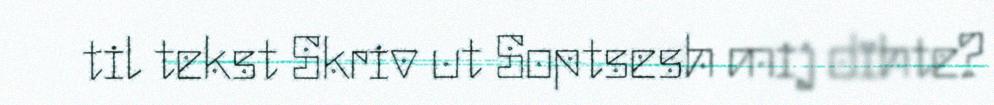
til tekst Skriv ut Soptsesh mij dïhte?